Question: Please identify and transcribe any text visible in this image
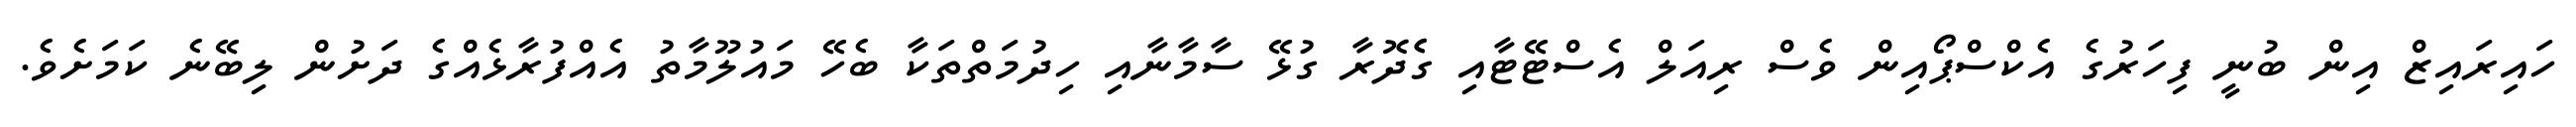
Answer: ހައިރައިޒް އިން ބުނީ ފިހަރުގެ އެކްސްޕޯއިން ވެސް ރިއަލް އެސްޓޭޓާއި ގެެދޮރާ ގުޅޭ ސާމާނާއި ހިދުމަތްތަކާ ބެހޭ މައުލޫމާތު އެއްފުރާޅެއްގެ ދަށުން ލިބޭނެ ކަމަށެވެ.